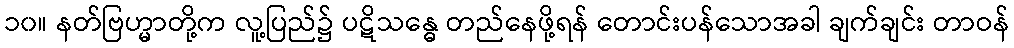
၁၀။ နတ်ဗြဟ္မာတို့က လူ့ပြည်၌ ပဋိသန္ဓေ တည်နေဖို့ရန် တောင်းပန်သောအခါ ချက်ချင်း တာဝန်